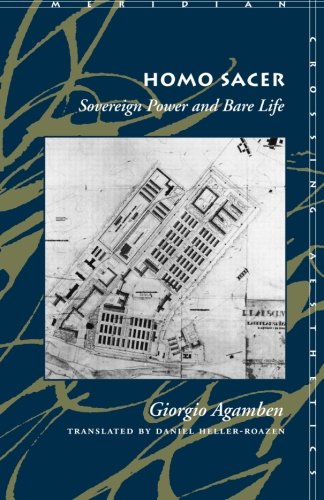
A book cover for Homo Sacer: Sovereign Power and Bare Life (Meridian: Crossing Aesthetics); Giorgio Agamben; Politics & Social Sciences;